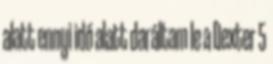
alatt ennyi idő alatt daráltam le a Dexter 5